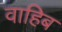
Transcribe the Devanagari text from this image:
वाहिब